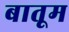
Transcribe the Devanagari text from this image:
बातूम